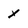
Character: y